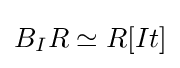
B_{I}R\simeq R[It]